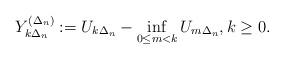
LaTeX: \begin{align*}Y^{(\Delta_n)}_{k\Delta_n} := U_{k\Delta_n} - \inf_{0\leq m<k} U_{m\Delta_n},k\geq 0.\end{align*}